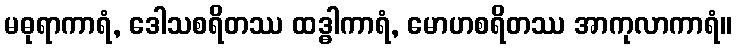
မဓုရာကာရံ, ဒေါသစရိတဿ ထဒ္ဓါကာရံ, မောဟစရိတဿ အာကုလာကာရံ။